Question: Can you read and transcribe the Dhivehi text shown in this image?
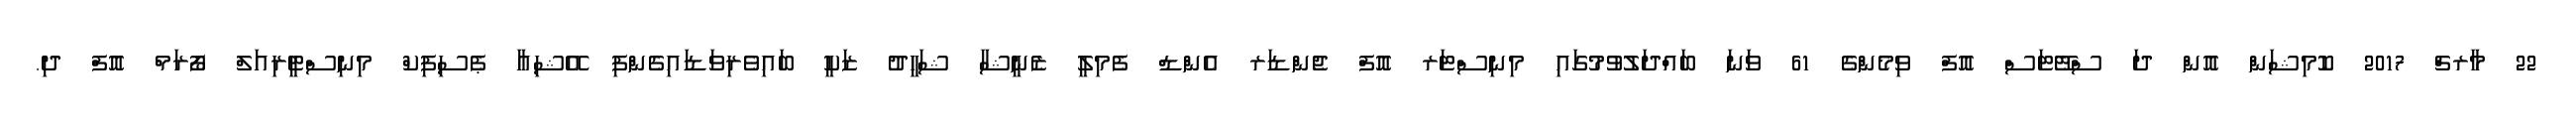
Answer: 22 މާރޗް 2017 ކޮމިޝަން އޮން ދަ ސްޓޭޓަސް އޮފް ވިމެންގެ 61 ވަނަ ބައްދަލުވުމުގައި މިނިސްޓަރ އޮފް ޖެންޑަރ އެންޑް ފެމިލީ ޒެނީޝާ ޝަހީދު ޒަކީ ބައިވެރިވަޑައިގެންފި އޭޝިއާ ޕެސިފިކް މިނިސްޓީރިއަލް ފޯރަމް އޮފް ދި.